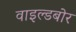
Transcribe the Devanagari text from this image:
वाइल्डबोर